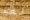
لقد